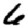
Digit: 6